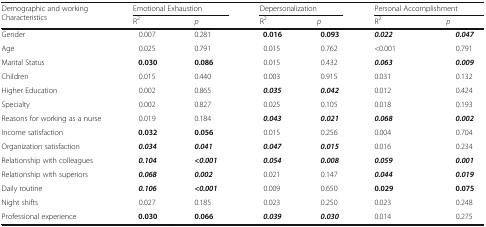
<table><thead><tr><td rowspan="2"><b>Demographic and working Characteristics</b></td><td colspan="2"><b>Emotional Exhaustion</b></td><td colspan="2"><b>Depersonalization</b></td><td colspan="2"><b>Personal Accomplishment</b></td></tr><tr><td><b>R<sup>2</sup></b></td><td><b><i>p</i></b></td><td><b>R<sup>2</sup></b></td><td><b><i>p</i></b></td><td><b>R<sup>2</sup></b></td><td><b><i>p</i></b></td></tr></thead><tbody><tr><td>Gender</td><td>0.007</td><td>0.281</td><td><b>0.016</b></td><td><b>0.093</b></td><td><b><i>0.022</i></b></td><td><b><i>0.047</i></b></td></tr><tr><td>Age</td><td>0.025</td><td>0.791</td><td>0.015</td><td>0.762</td><td>&lt;0.001</td><td>0.791</td></tr><tr><td>Marital Status</td><td><b>0.030</b></td><td><b>0.086</b></td><td>0.015</td><td>0.432</td><td><b><i>0.063</i></b></td><td><b><i>0.009</i></b></td></tr><tr><td>Children</td><td>0.015</td><td>0.440</td><td>0.003</td><td>0.915</td><td>0.031</td><td>0.132</td></tr><tr><td>Higher Education</td><td>0.002</td><td>0.865</td><td><b><i>0.035</i></b></td><td><b><i>0.042</i></b></td><td>0.012</td><td>0.424</td></tr><tr><td>Specialty</td><td>0.002</td><td>0.827</td><td>0.025</td><td>0.105</td><td>0.018</td><td>0.193</td></tr><tr><td>Reasons for working as a nurse</td><td>0.019</td><td>0.184</td><td><b><i>0.043</i></b></td><td><b><i>0.021</i></b></td><td><b><i>0.068</i></b></td><td><b><i>0.002</i></b></td></tr><tr><td>Income satisfaction</td><td><b>0.032</b></td><td><b>0.056</b></td><td>0.015</td><td>0.256</td><td>0.004</td><td>0.704</td></tr><tr><td>Organization satisfaction</td><td><b><i>0.034</i></b></td><td><b><i>0.041</i></b></td><td><b><i>0.047</i></b></td><td><b><i>0.015</i></b></td><td>0.016</td><td>0.234</td></tr><tr><td>Relationship with colleagues</td><td><b><i>0.104</i></b></td><td><b><i>&lt;0.001</i></b></td><td><b><i>0.054</i></b></td><td><b><i>0.008</i></b></td><td><b><i>0.059</i></b></td><td><b><i>0.001</i></b></td></tr><tr><td>Relationship with superiors</td><td><b><i>0.068</i></b></td><td><b><i>0.002</i></b></td><td>0.021</td><td>0.147</td><td><b><i>0.044</i></b></td><td><b><i>0.019</i></b></td></tr><tr><td>Daily routine</td><td><b><i>0.106</i></b></td><td><b><i>&lt;0.001</i></b></td><td>0.009</td><td>0.650</td><td><b>0.029</b></td><td><b>0.075</b></td></tr><tr><td>Night shifts</td><td>0.027</td><td>0.185</td><td>0.023</td><td>0.250</td><td>0.023</td><td>0.248</td></tr><tr><td>Professional experience</td><td><b>0.030</b></td><td><b>0.066</b></td><td><b><i>0.039</i></b></td><td><b><i>0.030</i></b></td><td>0.014</td><td>0.275</td></tr></tbody></table>